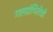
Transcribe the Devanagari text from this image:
गलग्रंथिरोधी